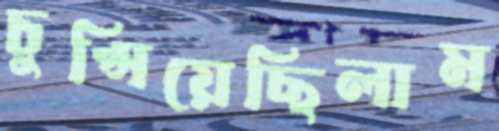
চুপ্‌সিয়েছিলাম